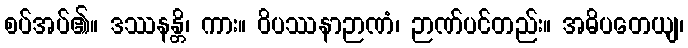
စပ်အပ်၏။ ဒဿနန္တိ၊ ကား။ ဝိပဿနာဉာဏံ၊ ဉာဏ်ပင်တည်း။ အဓိပတေယျ၊